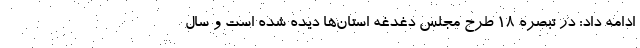
ادامه داد: در تبصره ۱۸ طرح مجلس دغدغه استان‌ها دیده شده است و سال